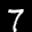
Label: 7